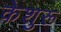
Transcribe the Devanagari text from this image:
केशुरू